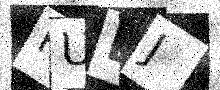
Text: PUEJ